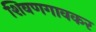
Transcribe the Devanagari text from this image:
शिवणगावकर